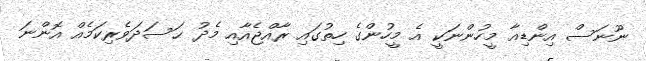
ނޫނަސް އިންޑިއާ މީހުންނަކީ އެ މީހުންގެ ހިތުގައި ރާއްޖެއާއި މެދު ޙަސަދަވެރިކަމެއް އޮންނަ